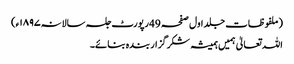
(ملفوظات جلد اول صفحہ 49رپورٹ جلسہ سالانہ۱۸۹۷ء)
اللہ تعالیٰ ہمیں ہمیشہ شکر گزار بندہ بنائے۔